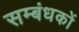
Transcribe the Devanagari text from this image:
सम्बंधकों